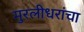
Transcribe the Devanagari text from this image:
मुरलीधरांचा